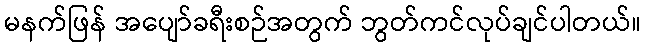
မနက်ဖြန် အပျော်ခရီးစဉ်အတွက် ဘွတ်ကင်လုပ်ချင်ပါတယ်။